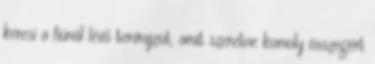
keresi a fiúnál lévő tervrajzot, amit szeretne komoly összegért